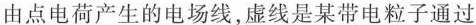
由点电荷产生的电场线，虚线是某带电粒子通过